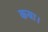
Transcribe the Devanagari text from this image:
कया।